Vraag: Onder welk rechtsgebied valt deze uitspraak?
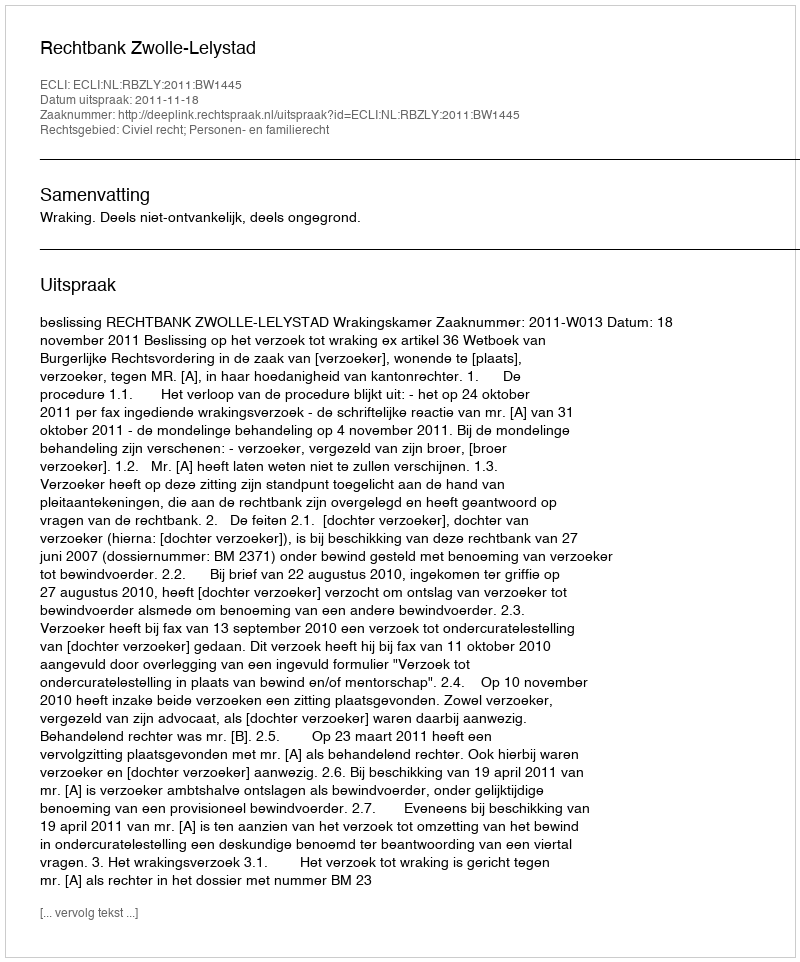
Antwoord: Civiel recht; Personen- en familierecht